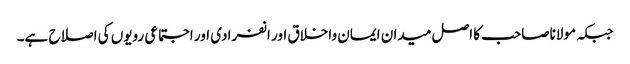
جبکہ مولاناصاحب کا اصل میدان ایمان واخلاق اور انفرادی اور اجتماعی رویوں کی اصلاح ہے۔